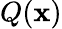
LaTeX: Q(\mathbf{x})